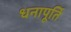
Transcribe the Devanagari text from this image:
धनापूर्ति